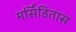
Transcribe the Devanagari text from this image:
मर्सिडितास